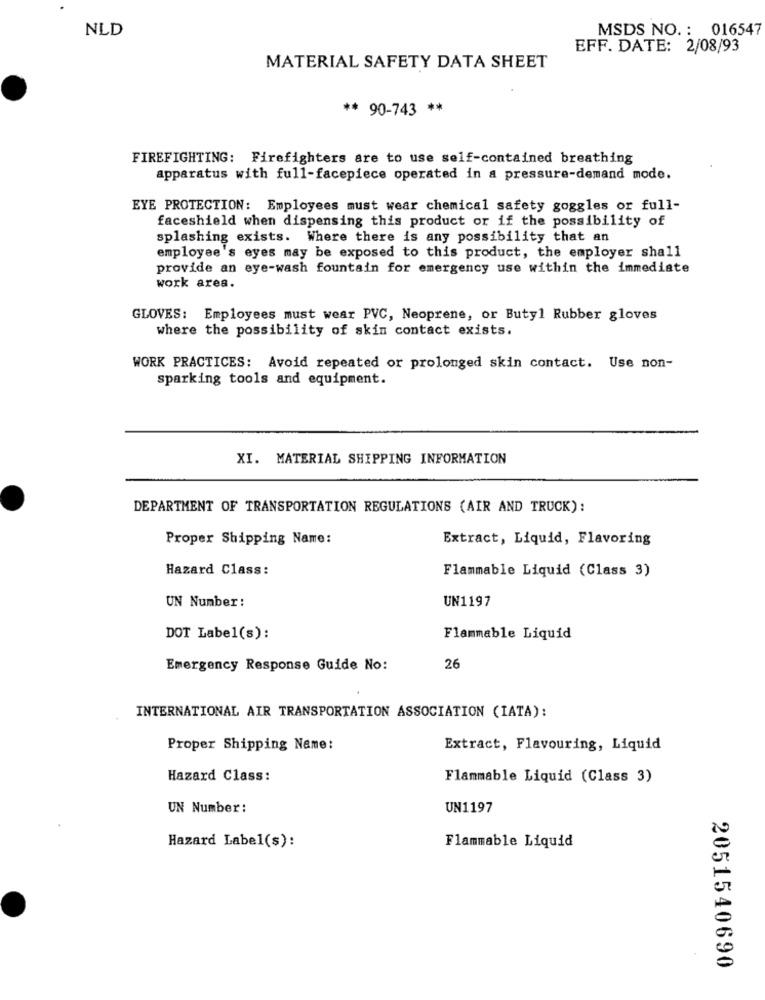
NLD
MSDS NO. : 016547
EFF. DATE: 2/08/93
MATERIAL SAFETY DATA SHEET
** 90-743 **
FIREFIGHTING: Firefighters are to use self-contained breathing
apparatus with full-facepiece operated in a pressure-demand mode.
EYE PROTECTION: Employees must wear chemical safety goggles or full-
faceshield when dispensing this product or if the possibility of
splashing exists. Where there is any possibility that an
employee's eyes may be exposed to this product, the employer shall
provide an eye-wash fountain for emergency use within the immediate
work area.
GLOVES: Employees must wear PVC, Neoprene, or Butyl Rubber gloves
where the possibility of skin contact exists.
WORK PRACTICES: Avoid repeated or prolonged skin contact. Use non-
sparking tools and equipment.
XI. MATERIAL SHIPPING INFORMATION
DEPARTMENT OF TRANSPORTATION REGULATIONS (AIR AND TRUCK):
Proper Shipping Name:
Extract, Liquid, Flavoring
Hazard Class:
Flammable Liquid (Class 3)
UN Number :
UN1197
DOT Label(s):
Flammable Liquid
Emergency Response Guide No:
26
INTERNATIONAL AIR TRANSPORTATION ASSOCIATION (IATA):
Proper Shipping Name:
Extract, Flavouring, Liquid
Hazard Class:
Flammable Liquid (Class 3)
UN Number:
UN1197
Flammable Liquid
Hazard Label(s):
2051540690